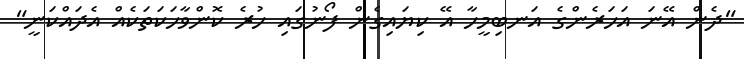
"ދެން އޭނަ އަހަރެންގެ އަނބިމީހާ އޭ ކިޔައިގެން ފޯނުގައި ހުރެ ކޮންވާހަކަތަކެއް އެދައްކަނީ"